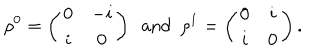
\rho ^ { 0 } = \left( \begin{array} { c c } { { 0 } } & { { - i } } \\ { { i } } & { { 0 } } \\ \end{array} \right) \, \, \, \mathrm { a n d } \, \, \, \rho ^ { 1 } = \left( \begin{array} { c c } { { 0 } } & { { i } } \\ { { i } } & { { 0 } } \\ \end{array} \right) .